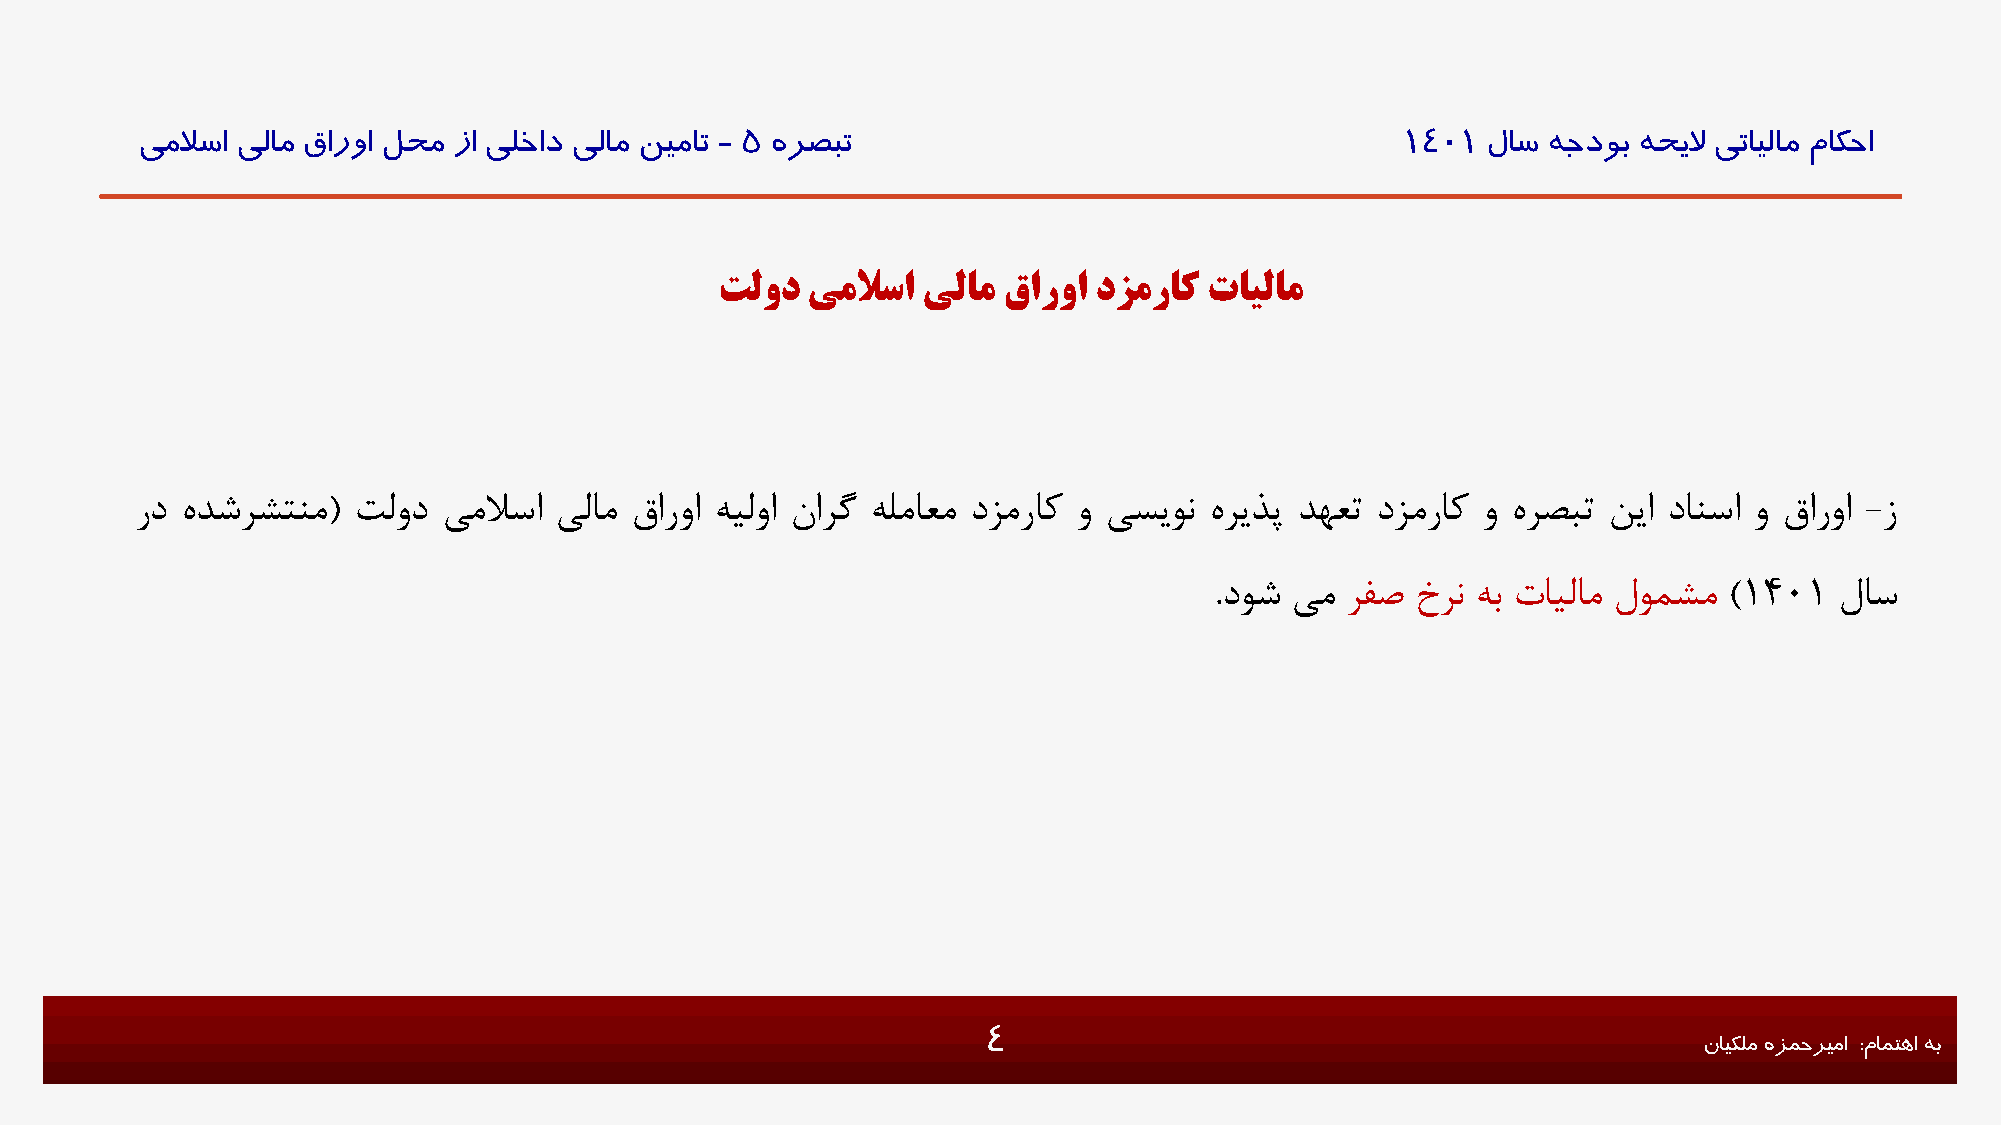
یملاسا یلام قاروا لحم زا یلخاد یلام نیمات - 5 هرصبت                                 1401 لاس هجدوب هحیلا یتایلام ماکحا
 تلود یملاسا  یلام قاروا دزمراک  تایلام
 رد هدشرشتنم(  تلود  یملاسا  یلام قاروا هیلوا نارگ هلماعم دزمراک و یسیون هریذپ دهعت دزمراک و هرصبت نیا دانسا و قاروا -ز
 .دوش یم  رفص  خرن هب تایلام لومشم )1401   لاس
 4                                               نایکلم هزمحریما :مامتها هب